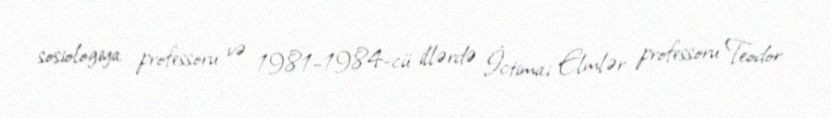
sosiologiya professoru və 1981–1984-cü illərdə İctimai Elmlər professoru Teodor